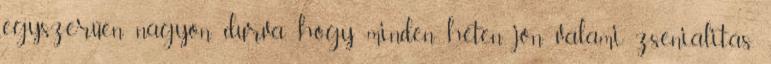
egyszerűen nagyon durva, hogy minden héten jön valami zsenialitás.